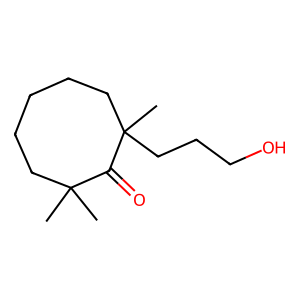
SMILES: CC1(C)CCCCCC(C)(CCCO)C1=O
Inhibits HIV replication: No